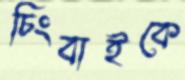
চিংবাইকে